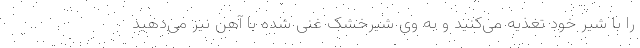
را با شیر خود تغذیه می‌کنید و به وی شیرخشک غنی شده با آهن نیز می‌دهید